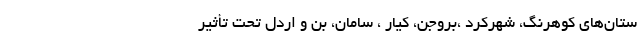
ستان‌های کوهرنگ، شهرکرد ،بروجن، کیار ، سامان، بن و اردل تحت تأثیر